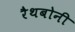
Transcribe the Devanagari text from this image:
रैथबोनी